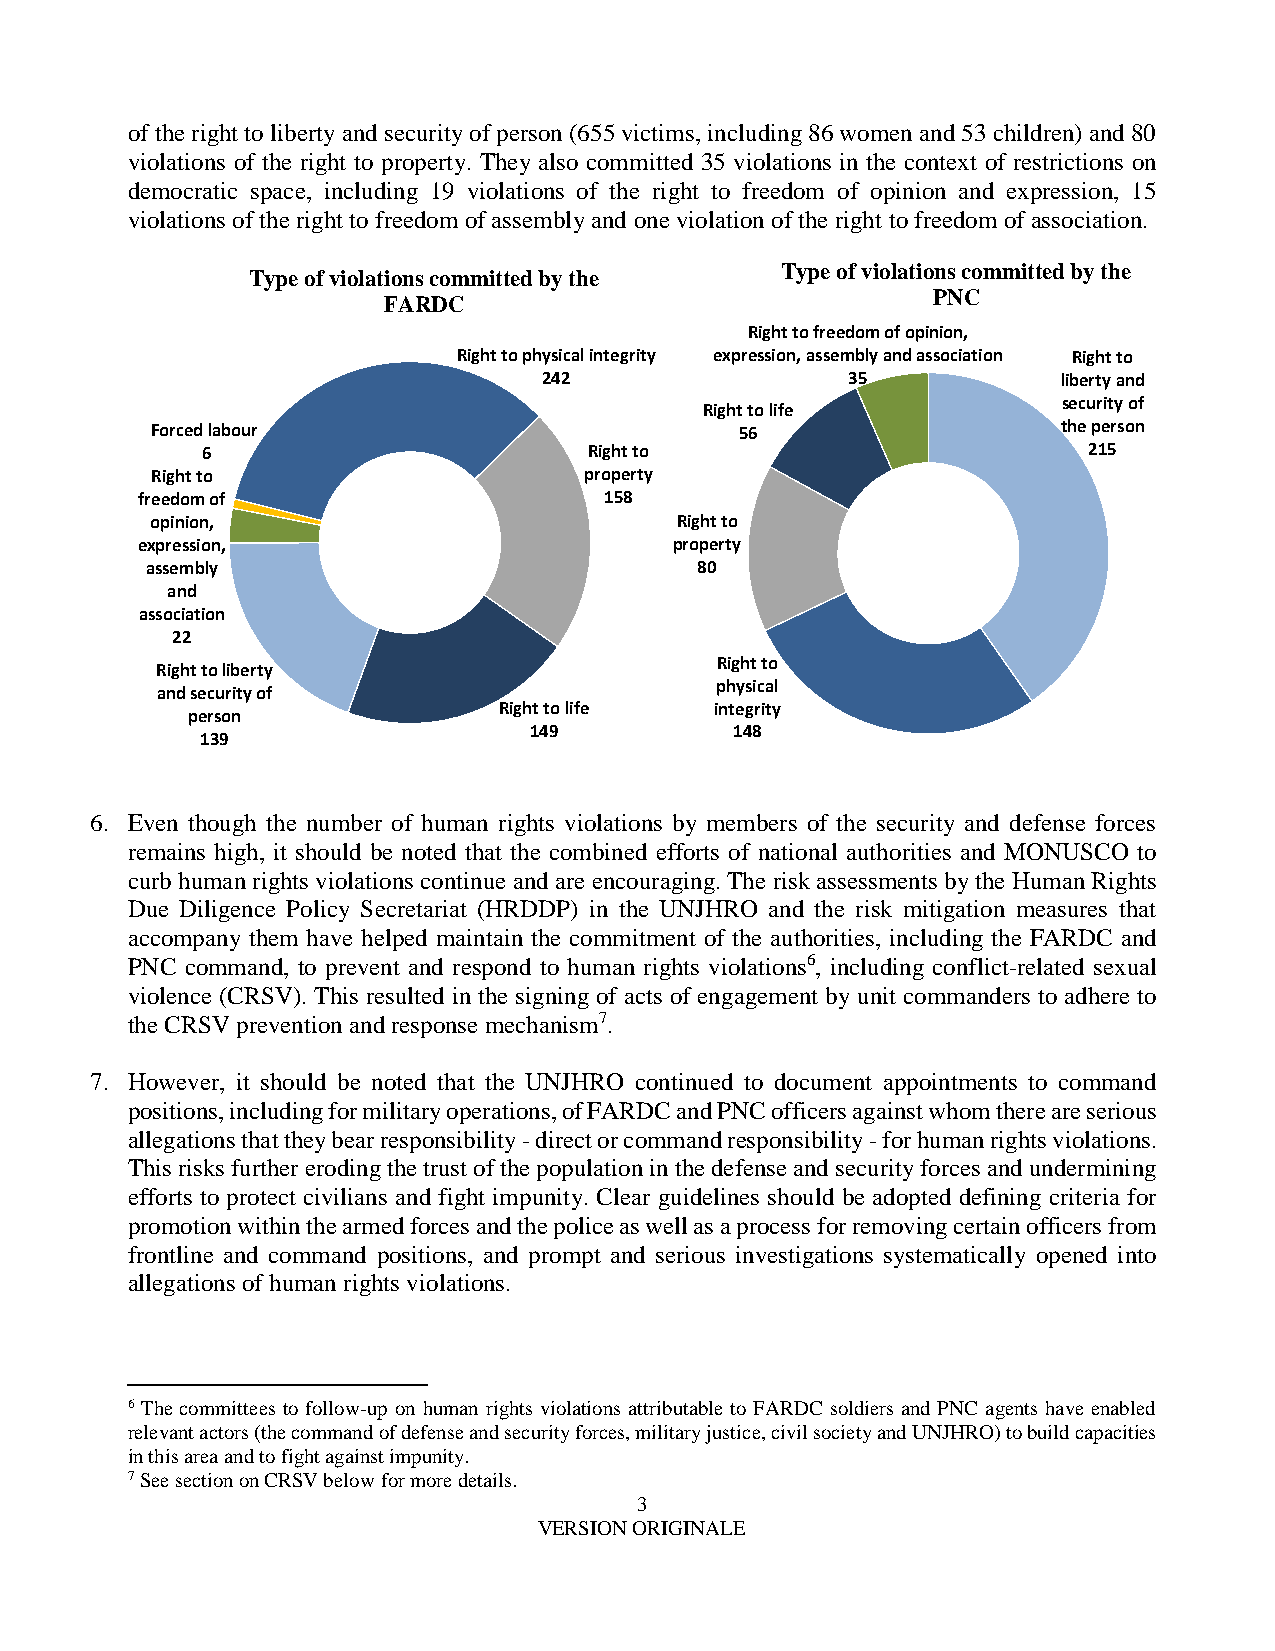
of the right to liberty and security of person (655 victims, including 86 women and 53 children) and 80
 violations of the right to property. They also committed 35 violations in the context of restrictions on
 democratic space, including 19 violations of the right to freedom of opinion and expression, 15
 violations of the right to freedom of assembly and one violation of the right to freedom of association.
 Type of violations committed by the
 Type of violations committed by the
 PNC
 FARDC
 Right to freedom of opinion,
 Right to physical integrity expression, assembly and association Right to
 242                 35            liberty and
 security of
 Right to life
 Forced labour                          56                   the person
 6                         Right to                         215
 Right to                     property
 freedom of                     158
 opinion,                           Right to
 expression,                         property
 assembly                            80
 and
 association
 22
 Right to
 Right to liberty
 physical
 and security of
 Right to life integrity
 person
 139
 149           148
 6. Even though the number of human rights violations by members of the security and defense forces
 remains high, it should be noted that the combined efforts of national authorities and MONUSCO to
 curb human rights violations continue and are encouraging. The risk assessments by the Human Rights
 Due Diligence Policy Secretariat (HRDDP) in the UNJHRO and the risk mitigation measures that
 accompany them have helped maintain the commitment of the authorities, including the FARDC and
 PNC command, to prevent and respond to human rights violations6, including conflict-related sexual
 violence (CRSV). This resulted in the signing of acts of engagement by unit commanders to adhere to
 the CRSV prevention and response mechanism7.
 7. However, it should be noted that the UNJHRO continued to document appointments to command
 positions, including for military operations, of FARDC and PNC officers against whom there are serious
 allegations that they bear responsibility - direct or command responsibility - for human rights violations.
 This risks further eroding the trust of the population in the defense and security forces and undermining
 efforts to protect civilians and fight impunity. Clear guidelines should be adopted defining criteria for
 promotion within the armed forces and the police as well as a process for removing certain officers from
 frontline and command positions, and prompt and serious investigations systematically opened into
 allegations of human rights violations.
 6 The committees to follow-up on human rights violations attributable to FARDC soldiers and PNC agents have enabled
 relevant actors (the command of defense and security forces, military justice, civil society and UNJHRO) to build capacities
 in this area and to fight against impunity.
 7 See section on CRSV below for more details.
 3
 VERSION ORIGINALE